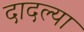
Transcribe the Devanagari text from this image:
दादल्या